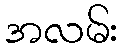
အလမ်း